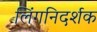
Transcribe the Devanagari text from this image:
लिंगनिदर्शक